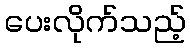
ပေးလိုက်သည့်